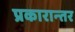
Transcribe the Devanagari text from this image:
प्रकारान्‍तर